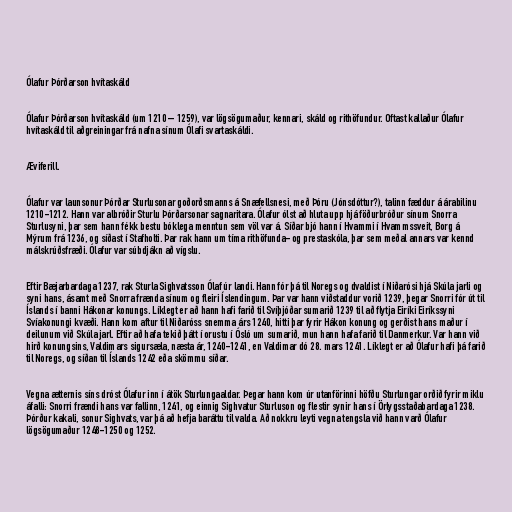
Ólafur Þórðarson hvítaskáld

Ólafur Þórðarson hvítaskáld (um 1210 – 1259), var lögsögumaður, kennari, skáld og rithöfundur. Oftast kallaður Ólafur
hvítaskáld til aðgreiningar frá nafna sínum Ólafi svartaskáldi.

Æviferill.

Ólafur var launsonur Þórðar Sturlusonar goðorðsmanns á Snæfellsnesi, með Þóru (Jónsdóttur?), talinn fæddur á árabilinu
1210-1212. Hann var albróðir Sturlu Þórðarsonar sagnaritara. Ólafur ólst að hluta upp hjá föðurbróður sínum Snorra
Sturlusyni, þar sem hann fékk bestu bóklega menntun sem völ var á. Síðar bjó hann í Hvammi í Hvammssveit, Borg á
Mýrum frá 1236, og síðast í Stafholti. Þar rak hann um tíma rithöfunda- og prestaskóla, þar sem meðal annars var kennd
málskrúðsfræði. Ólafur var súbdjákn að vígslu.

Eftir Bæjarbardaga 1237, rak Sturla Sighvatsson Ólaf úr landi. Hann fór þá til Noregs og dvaldist í Niðarósi hjá Skúla jarli og
syni hans, ásamt með Snorra frænda sínum og fleiri Íslendingum. Þar var hann viðstaddur vorið 1239, þegar Snorri fór út til
Íslands í banni Hákonar konungs. Líklegt er að hann hafi farið til Svíþjóðar sumarið 1239 til að flytja Eiríki Eiríkssyni
Svíakonungi kvæði. Hann kom aftur til Niðaróss snemma árs 1240, hitti þar fyrir Hákon konung og gerðist hans maður í
deilunum við Skúla jarl. Eftir að hafa tekið þátt í orustu í Ósló um sumarið, mun hann hafa farið til Danmerkur. Var hann við
hirð konungsins, Valdimars sigursæla, næsta ár, 1240-1241, en Valdimar dó 28. mars 1241. Líklegt er að Ólafur hafi þá farið
til Noregs, og síðan til Íslands 1242 eða skömmu síðar.

Vegna ætternis síns dróst Ólafur inn í átök Sturlungaaldar. Þegar hann kom úr utanförinni höfðu Sturlungar orðið fyrir miklu
áfalli: Snorri frændi hans var fallinn, 1241, og einnig Sighvatur Sturluson og flestir synir hans í Örlygsstaðabardaga 1238.
Þórður kakali, sonur Sighvats, var þá að hefja baráttu til valda. Að nokkru leyti vegna tengsla við hann varð Ólafur
lögsögumaður 1248-1250 og 1252.